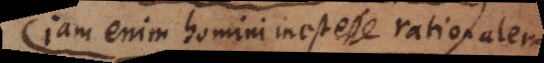
jam enim homini inest esse rationalem